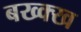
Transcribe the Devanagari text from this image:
बख्क्ख